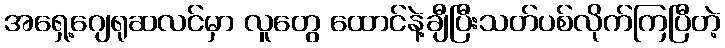
အရှေ့ဂျေရုဆလင်မှာ လူတွေ ထောင်နဲ့ချီပြီးသတ်ပစ်လိုက်ကြပြီတဲ့